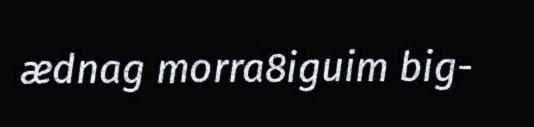
ædnag morra8iguim big-